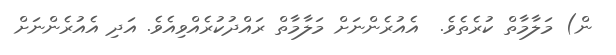
ން) މަލާމާތް ކުރެތެވެ.  އެއުރެންނަށް މަލާމާތް ރައްދުކުރެއްވިއެވެ. އަދި އެއުރެންނަށް